Code of medical and sanitary regulations for the guidance of medical officers serving in the Madras Presidency - Volume II
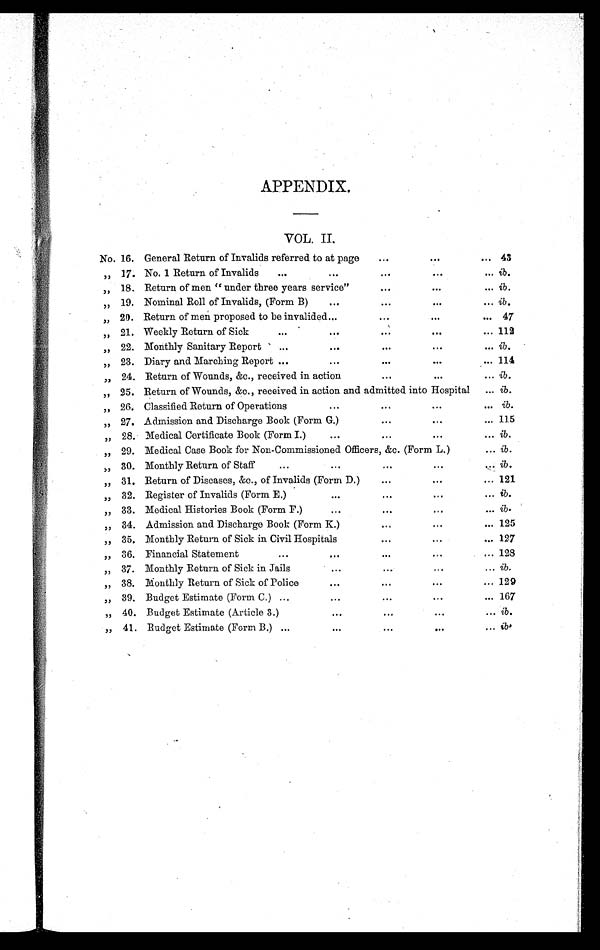
APPENDIX.
VOL. II.
No. 16. General Return of Invalids referred to at page
...
...
... 43
„ 17. No. 1 Return of Invalids
...
. . .
. . .
. . .
... ib.
„ 18. Return of men "under three years service"
...
...
. . . ib.
„ 19. Nominal Roll of Invalids, (Form B)
. . .
. . .
. . .
... ib.
„ 20. Return of men proposed to be invalided...
...
...
... 47
„ 21. Weekly Return of Sick
...
. . .
. . . . . .
... 112
„ 22. Monthly Sanitary Report
...
...
. . .
...
... ib.
„ 23. Diary and Marching Report ...
...
. . .
. . .
... 114
„ 24. Return of Wounds, &c., received in action
. . .
...
... ib.
„ 25. Return of Wounds, &c., received in action and admitted into Hospital
... ib.
„ 26. Classified Return of Operations
...
...
...
... ib.
„ 27. Admission and Discharge Book (Form G.)
. . .
. . .
... 115
„ 28. Medical Certificate Book (Form I.)
...
...
...
... ib.
„ 29. Medical Case Book for Non-Commissioned Officers, &c. (Form L.)
... ib.
„ 30. Monthly Return of Staff
...
...
. . .
. . .
... ib.
„ 31. Return of Diseases, &c., of Invalids (Form D.)
...
. . .
. . . 121
„ 32. Register of Invalids (Form E.)
. . .
...
...
... ib.
„ 33. Medical Histories Book (Form F.)
...
. . .
. . .
... i b .
„ 34. Admission and Discharge Book (Form K.)
. . .
...
... 125
„ 35. Monthly Return of Sick in Civil Hospitals
. . .
...
... 127
„ 36. Financial Statement
...
. . .
. . . . . .
... 128
„ 37. Monthly Return of Sick in Jails
. . .
. . .
...
... ib.
„ 38. Monthly Return of Sick of Police
. . .
...
. . .
. . . 129
„ 39. Budget Estimate (Form C.) ...
...
...
...
... 167
„ 40. Budget Estimate (Article 3.)
. . . ...
...
... ib.
„ 41. Budget Estimate (Form B.) ...
. . .
. . .
. . .
. . . i b .